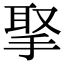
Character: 𢮝